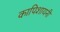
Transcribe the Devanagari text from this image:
कापिशायनी